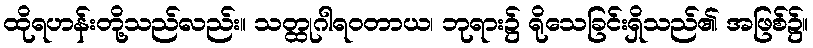
ထိုရဟန်းတို့သည်လည်း။ သတ္ထုဂါရဝတာယ၊ ဘုရား၌ ရိုသေခြင်းရှိသည်၏ အဖြစ်၌။